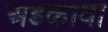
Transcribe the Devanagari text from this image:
अडकावा